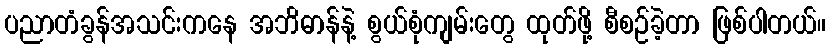
ပညာတံခွန်အသင်းကနေ အဘိဓာန်နဲ့ စွယ်စုံကျမ်းတွေ ထုတ်ဖို့ စီစဉ်ခဲ့တာ ဖြစ်ပါတယ်။